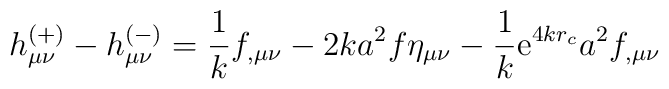
h^{(+)}_{\mu\nu} - h^{(-)}_{\mu\nu} = \frac{1}{k} f_{,\mu\nu} -2ka^2 f \eta_{\mu\nu} -\frac{1}{k} \mbox{e}^{4kr_c} a^2 f_{,\mu\nu}